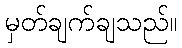
မှတ်ချက်ချသည်။